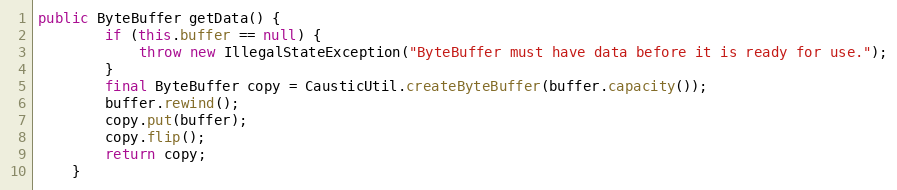
Language: Java
public ByteBuffer getData() {
        if (this.buffer == null) {
            throw new IllegalStateException("ByteBuffer must have data before it is ready for use.");
        }
        final ByteBuffer copy = CausticUtil.createByteBuffer(buffer.capacity());
        buffer.rewind();
        copy.put(buffer);
        copy.flip();
        return copy;
    }